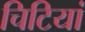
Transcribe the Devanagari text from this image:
चिटियां